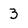
Character: 3